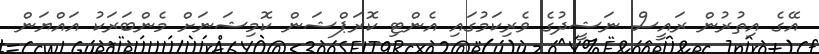
އޭގެ އިތުރުން ރައީސް ނަޝީދުގެ ވެރިކަމުގައި އެންޓި ކޮރަޕްޝަން ކޮމިޝަނަށް މެންބަރަކު އައްޔަން